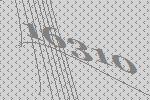
16310